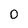
Character: 0